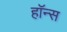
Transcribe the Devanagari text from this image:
हॉन्स